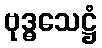
ဗုဒ္ဓသေဋ္ဌံ